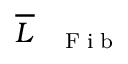
\overline { { L } } _ { \mathrm { ~ \tiny ~ \textnormal ~ { ~ F ~ i ~ b ~ } ~ } }